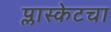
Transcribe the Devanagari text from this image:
प्लास्केटचा